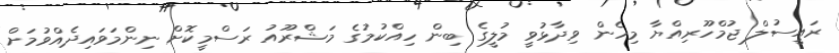
ރައީސުލް ޖުމްހޫރިއްޔާ މިހެން ވިދާޅުވީ މުލީގެ ބިން ހިއްކުމުގެ މަޝްރޫއު ރަސްމީކޮށް ނިންމަވައިދެއްވުމަށް